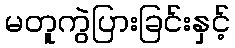
မတူကွဲပြားခြင်းနှင့်